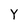
Character: Y